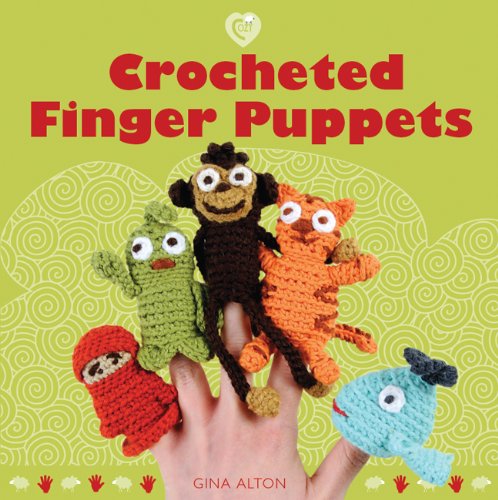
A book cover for Crocheted Finger Puppets (Cozy); Gina Alton; Crafts, Hobbies & Home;